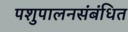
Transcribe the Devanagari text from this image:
पशुपालनसंबंधित